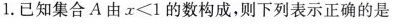
1.已知集合A由x<1的数构成，则下列表示正确的是